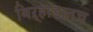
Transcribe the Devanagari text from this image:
बिऱ्हाडातच